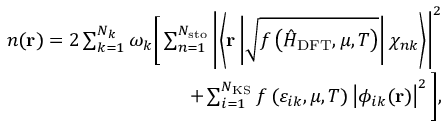
\begin{array} { r } { n ( \mathbf { r } ) = 2 \sum _ { k = 1 } ^ { N _ { k } } \omega _ { k } \Bigg [ \sum _ { n = 1 } ^ { N _ { \mathrm { s t o } } } \left| \left\langle \mathbf { r } \left| \sqrt { f \left( \hat { H } _ { \mathrm { D F T } } , \mu , T \right) } \right| \chi _ { n k } \right\rangle \right| ^ { 2 } } \\ { + \sum _ { i = 1 } ^ { N _ { \mathrm { K S } } } f \left( \varepsilon _ { i k } , \mu , T \right) \left| \phi _ { i k } ( \mathbf { r } ) \right| ^ { 2 } \Bigg ] , } \end{array}